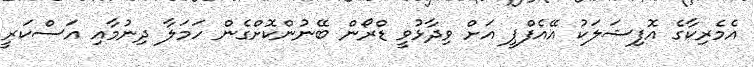
އެމެރިކާގެ އޮފިޝަލަކު އޭއެފްޕީ އަށް ވިދާޅުވީ ޑްރޯން ބޭނުންކޮށްގެން ހަމަލާ ދިނުމާއި އަސްކަރީ